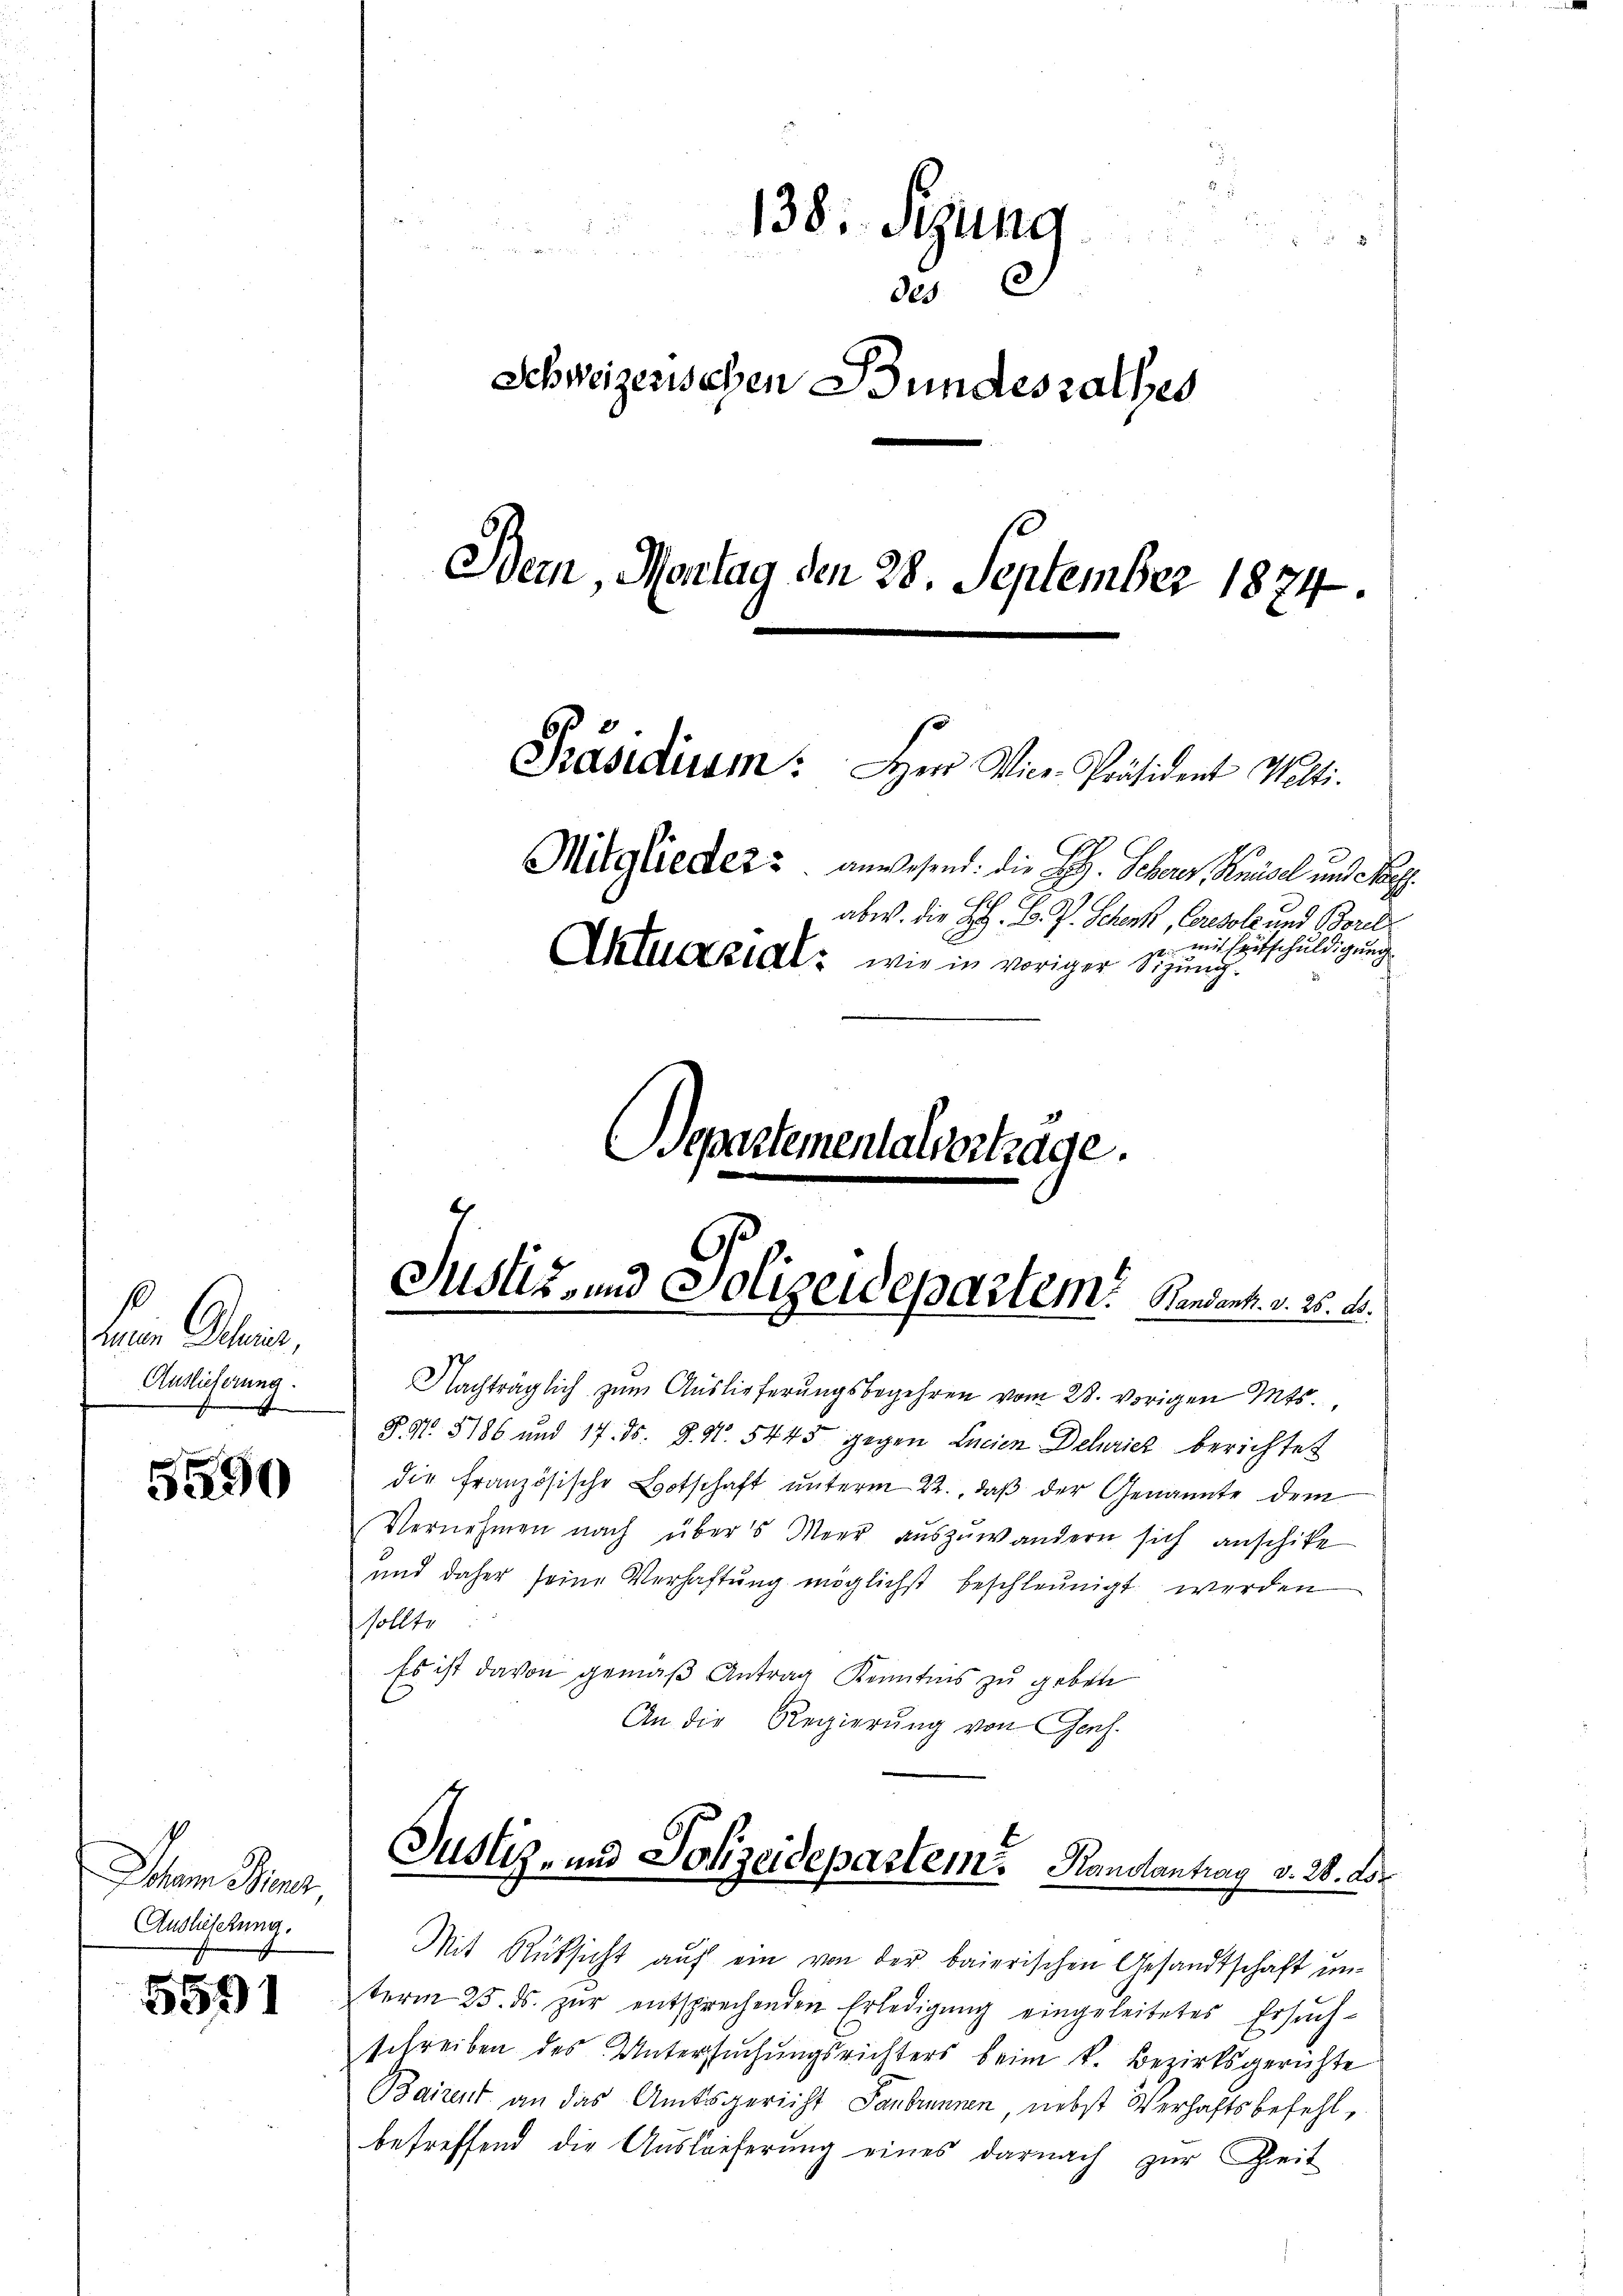
s
reuen Dehnis,
Auslieferung.
d

5590

Johem Miner
Auslieferung.

5591

138: Sizung
2
des E
Schweizerischen Bundesrathes
Bein, Montag den 28. September 1874.
Präsidirsm: Herr Vice-Präsident Welti.
Mitglieder anwesend: die HH. Scheres Knüsel und Pa
abw. die H. B. J. Schenk, Console und Borel
mit Entschuldigung
Akluezial, wie in voriger Sizung.

Departementalientrage.

Justiz- und Polizeidepartem Handent. v. 25. d.

Nachträglich zum Auslieferungsbegehren vom 28. vorigen Mts.,
§. 1. 5186 und 17. ds. 8. No. 5445 gegen Lacien Delaricz berichtet
die französische Botschaft ŭnterm 22., daβ der Genannte dem
Vernehmen nach über 5 Meer auszuwandern sich anschike
und daher seine Verhaftung möglichst beschleunigt werden
Sollte
Es ist davon gemäß Antrag Kenntnis zu geben
An die Regierung von Genf.

Justiz- und Polizeidepartem Randantrag v. 28. Lor

Mit Rücksicht auf ein von der baierischen Gesandtschaft unterm 25. ds. zŭr entsprechenden Erledigŭng eingeleitetes Ersŭch-
schreiben des Untersuchungsrichters beim k. Bezirksgerichte
Bairent an das Amtsgericht Sanbrunnen, nebst Verhaftsbefehl,
betreffend die Auslieferung eines darnach zur Zeit